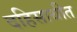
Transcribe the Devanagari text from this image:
दहिसाथीत